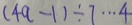
( 4 a - 1 ) \div 7 \cdots 4